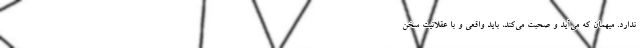
ندارد. میهمان که می‌آید و صحبت می‌کند، باید واقعی و با عقلانیت سخن